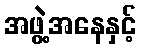
အဖွဲ့အနေနှင့်